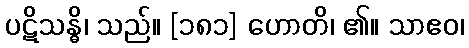
ပဋိသန္ဓိ၊ သည်။ [၁၈၁] ဟောတိ၊ ၏။ သာဧဝ၊